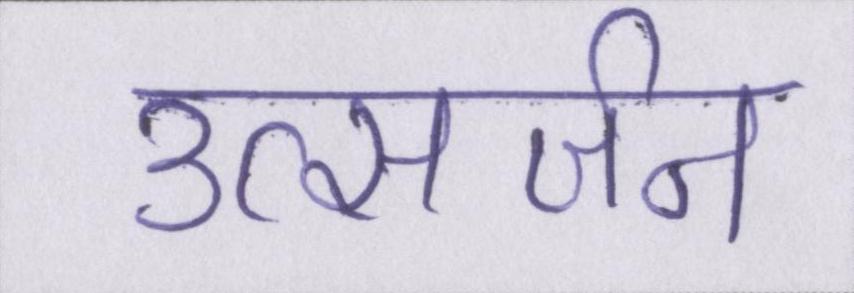
उत्सर्जन